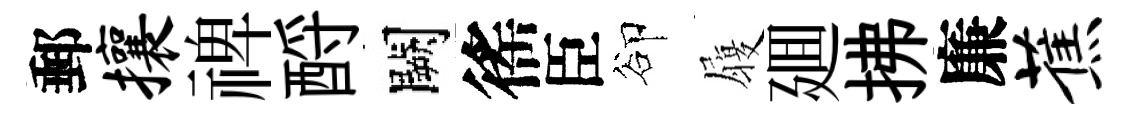
郵攘禆酹闕徭臣卻履廽拂廉蕉